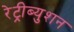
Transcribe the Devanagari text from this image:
रेट्रीब्युशन